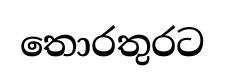
තොරතුරට